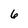
Character: 6